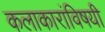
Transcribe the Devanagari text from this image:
कलाकारांविषयी